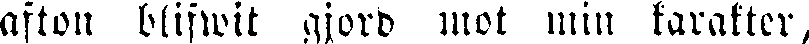
aftou blifwit gjord mot min karakter,